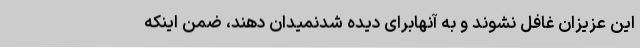
این عزیزان غافل نشوند و به آنهابرای دیده شدنمیدان دهند، ضمن اینکه